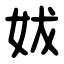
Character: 妭